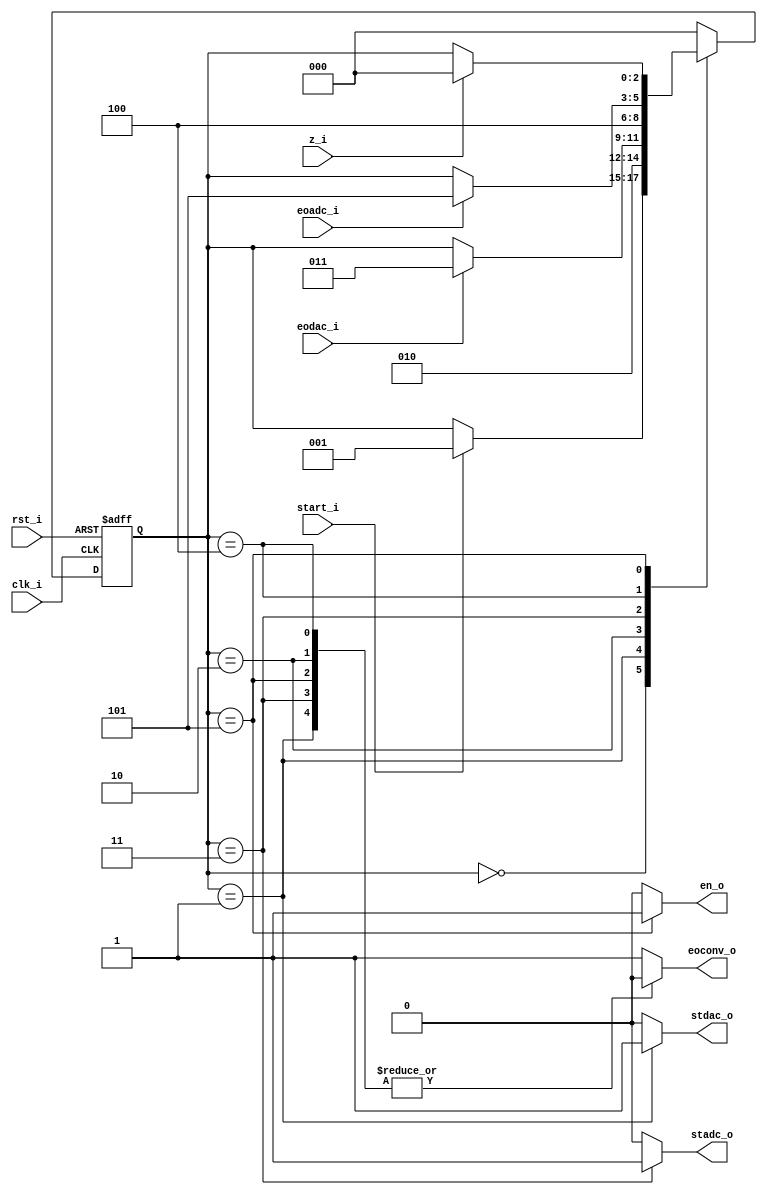
// Name: fsm_dac_adc.v
//
// Description: Maquina de estados utilizada para guardar los datos recibidos del ADC (conversion).

module fsm_dac_adc (
  input        rst_i,
  input        clk_i,
  input        start_i,
  input        eodac_i,
  input        eoadc_i,
  input        z_i,
  output reg   stdac_o,
  output reg   stadc_o,
  output reg   en_o,
  output reg   eoconv_o
);

  localparam [2:0] s0 = 3'b000, // Wait strr_i, Reset counter_r, Reset sipo_reg
                   s1 = 3'b001, // 
                   s2 = 3'b010, //
                   s3 = 3'b011, //
                   s4 = 3'b100, // 
				   s5 = 3'b101;

  reg [2:0] next_state, present_state;

  always @(start_i, eodac_i, eoadc_i, z_i, present_state) begin
    stdac_o = 1'b0; stadc_o = 1'b0; en_o = 1'b0; eoconv_o = 1'b1;
    next_state = present_state;
    case (present_state)
      s0 : begin
             stdac_o = 1'b0; stadc_o = 1'b0; en_o = 1'b0; eoconv_o = 1'b1;
             if (start_i)
               next_state = s1;
           end

      s1 : begin
             stdac_o = 1'b1; stadc_o = 1'b0; en_o = 1'b0; eoconv_o = 1'b0;
             next_state = s2;
           end

      s2 : begin
             stdac_o = 1'b0; stadc_o = 1'b0; en_o = 1'b0; eoconv_o = 1'b0;
             if (eodac_i)
               next_state = s3;
           end

      s3 : begin
             stdac_o = 1'b0; stadc_o = 1'b1; en_o = 1'b0; eoconv_o = 1'b0;
             next_state = s4;
           end

      s4 : begin
             stdac_o = 1'b0; stadc_o = 1'b0; en_o = 1'b0; eoconv_o = 1'b0;
             if (eoadc_i) 
			   next_state = s5;
           end

      s5 : begin
             stdac_o = 1'b0; stadc_o = 1'b0; en_o = 1'b1; eoconv_o = 1'b0;
             if (z_i) 
			   next_state = s0;
           end		   
		   
      default : begin
                  next_state = s0;
                end
    endcase
  end

  always @(posedge clk_i, posedge rst_i) begin
    if (rst_i)
      present_state <= s0;
    else
      present_state <= next_state;
  end

endmodule